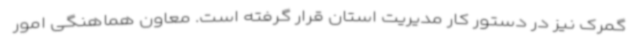
گمرک نیز در دستور کار مدیریت استان قرار گرفته است. معاون هماهنگی امور